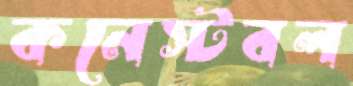
কনেস্টবল